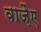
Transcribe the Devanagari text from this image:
वाजै़ए